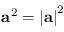
{ \mathbf { a } } ^ { 2 } = { \left| \mathbf { a } \right| } ^ { 2 }